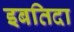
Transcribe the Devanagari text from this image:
इबतिदा